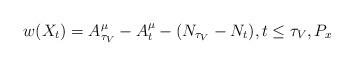
LaTeX: \begin{align*}w(X_t)=A^\mu_{\tau_V}-A^\mu_t-(N_{\tau_V}-N_t),t\le \tau_V,P_x\end{align*}